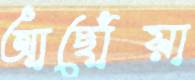
আছোঁয়া